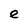
Character: e